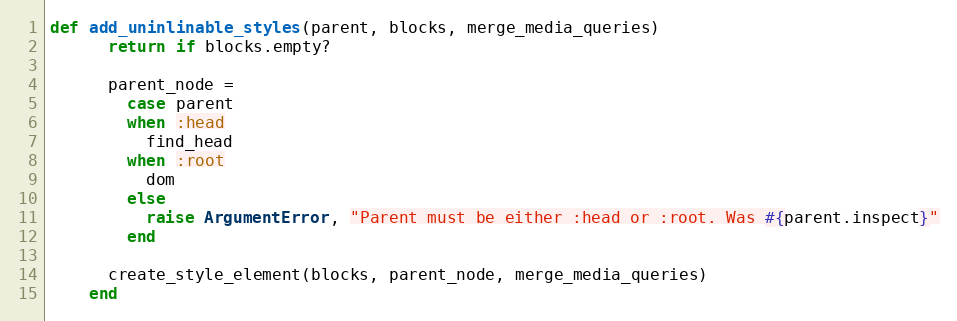
Language: Ruby
def add_uninlinable_styles(parent, blocks, merge_media_queries)
      return if blocks.empty?

      parent_node =
        case parent
        when :head
          find_head
        when :root
          dom
        else
          raise ArgumentError, "Parent must be either :head or :root. Was #{parent.inspect}"
        end

      create_style_element(blocks, parent_node, merge_media_queries)
    end